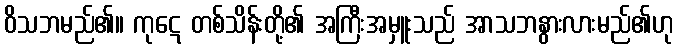
ဝိသဘမည်၏။ ကုဋေ တစ်သိန်းတို့၏ အကြီးအမှူးသည် အာသဘနွားလားမည်၏ဟု